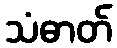
သံဓာတ်